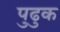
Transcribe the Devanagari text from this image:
पुढुक